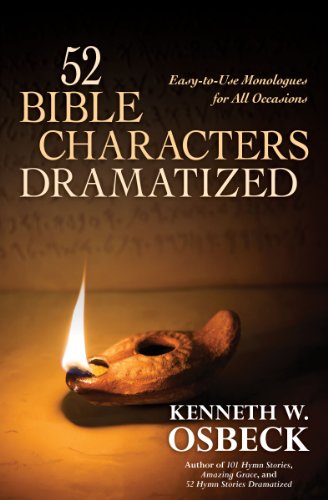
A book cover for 52 Bible Characters Dramatized: Easy-to-Use Monologues for All Occasions; Kenneth W. Osbeck; Literature & Fiction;